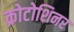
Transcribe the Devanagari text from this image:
क्रोटोशिनर